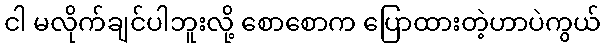
ငါ မလိုက်ချင်ပါဘူးလို့ စောစောက ပြောထားတဲ့ဟာပဲကွယ်